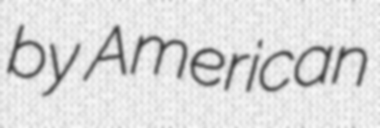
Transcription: by American